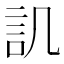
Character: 𮗸